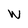
Character: W